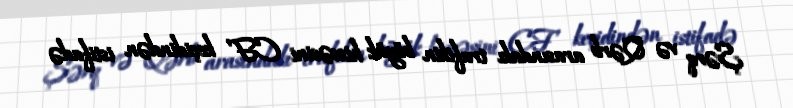
Şərq və Qərb arasındakı trafikin böyük hissəsini CF keçidindən istifadə